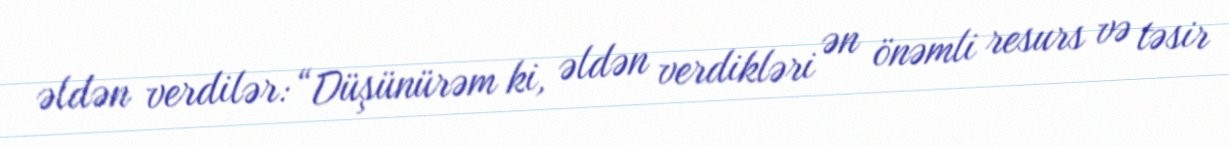
əldən verdilər: “Düşünürəm ki, əldən verdikləri ən önəmli resurs və təsir